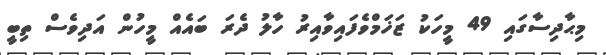
މިޙާދިސާގައި 49 މީހަކު ޒަޚަމްވެފައިވާއިރު ހާލު ދެރަ ބައެއް މީހުން އަދިވެސް ތިބީ